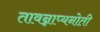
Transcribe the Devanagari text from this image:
तावन्नाप्यनोती